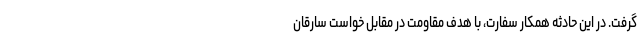
گرفت. در این حادثه همکار سفارت، با هدف مقاومت در مقابل خواست سارقان